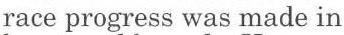
race progress was made in